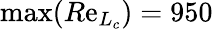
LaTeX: \operatorname*{max}(R\mathrm{e}_{L_{c}})=950